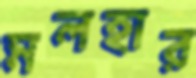
মলহার